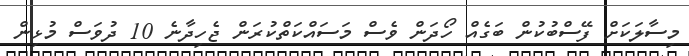
މިސާލަކަށް ފޭސްބުކުން ބަގެއް ހޯދަން ވެސް މަސައްކަތްކުރަން ޖެހިދާނެ 10 ދުވަސް މުޅިން